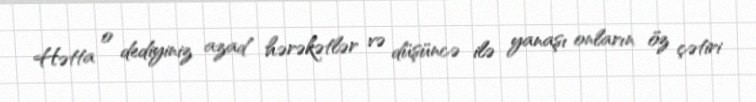
Hətta o dediyiniz azad hərəkətlər və düşüncə ilə yanaşı onların öz çətiri